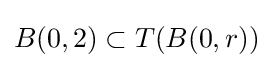
B(0,2)\subset T(B(0,r))